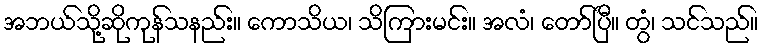
အဘယ်သို့ဆိုကုန်သနည်း။ ကောသိယ၊ သိကြားမင်း။ အလံ၊ တော်ပြီ။ တွံ၊ သင်သည်။